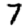
Digit: 7